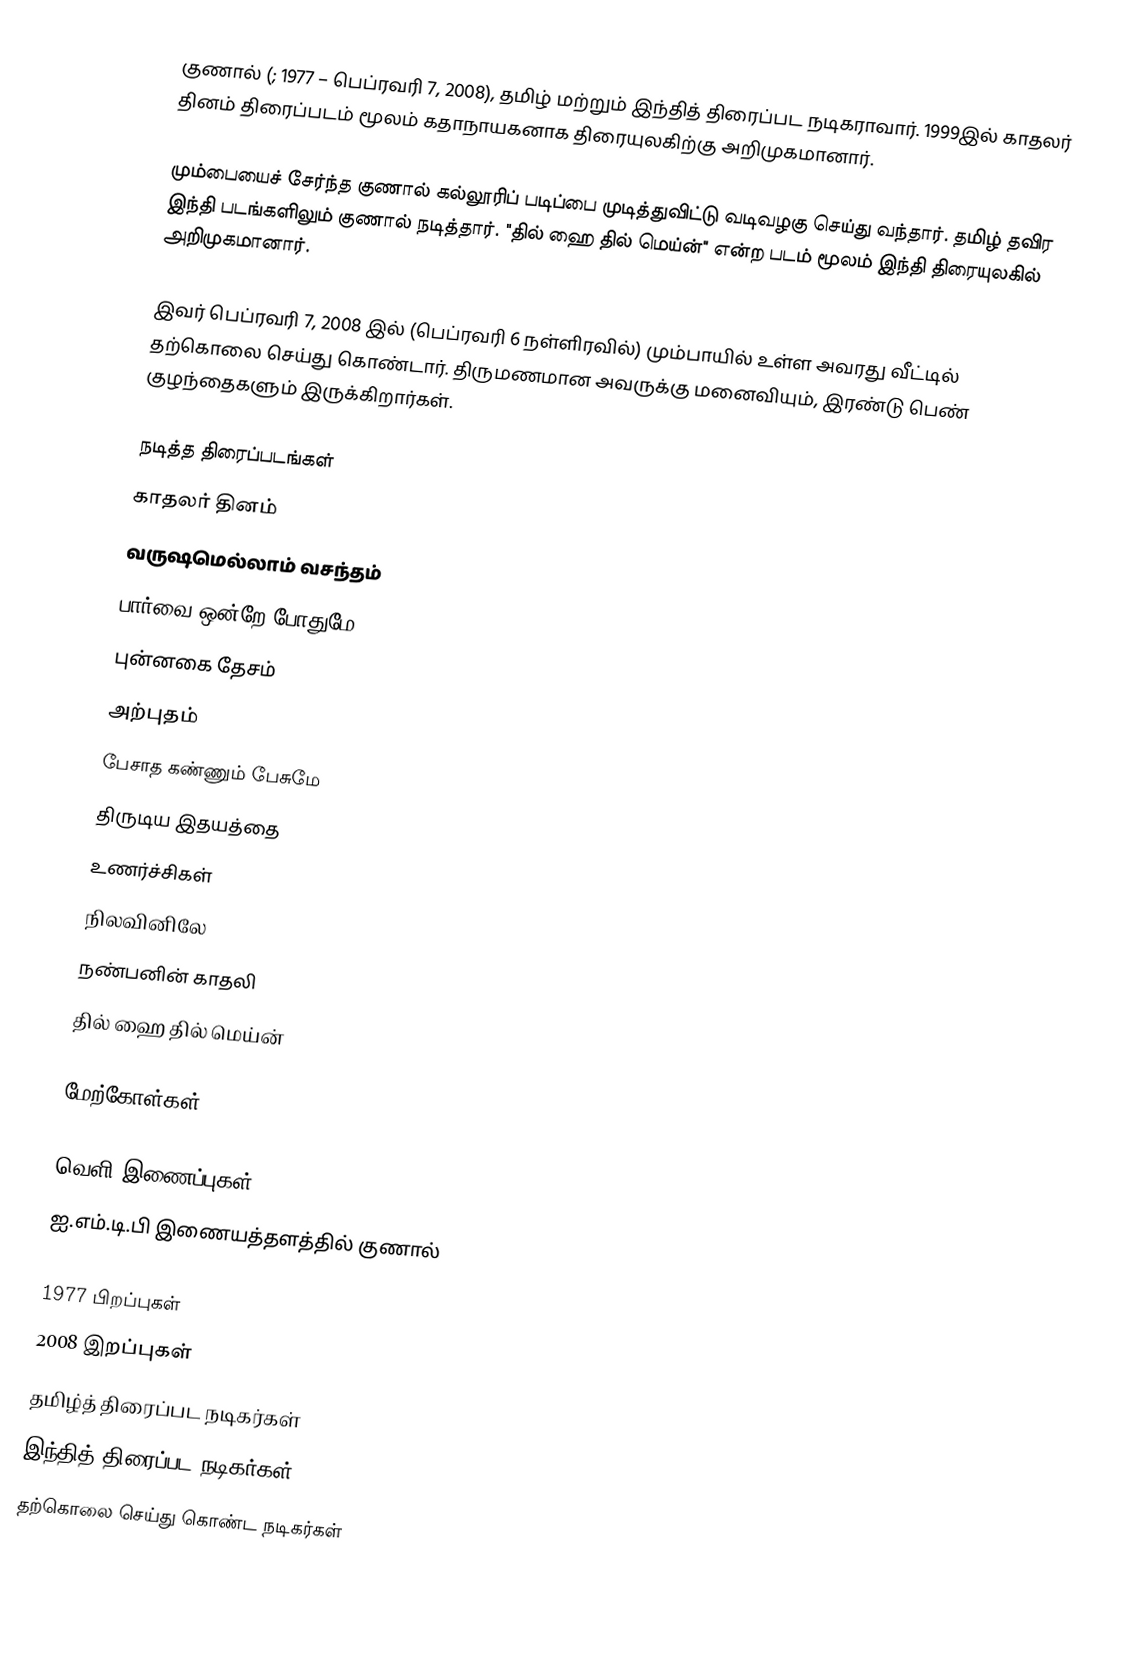
குணால் (; 1977 – பெப்ரவரி 7, 2008), தமிழ் மற்றும்  இந்தித் திரைப்பட நடிகராவார். 1999இல் காதலர் தினம் திரைப்படம் மூலம் கதாநாயகனாக திரையுலகிற்கு அறிமுகமானார்.

மும்பையைச் சேர்ந்த குணால் கல்லூரிப் படிப்பை முடித்துவிட்டு வடிவழகு செய்து வந்தார். தமிழ் தவிர இந்தி படங்களிலும் குணால் நடித்தார். "தில் ஹை தில் மெய்ன்" என்ற  படம் மூலம் இந்தி திரையுலகில் அறிமுகமானார்.

இவர் பெப்ரவரி 7, 2008 இல் (பெப்ரவரி 6 நள்ளிரவில்) மும்பாயில் உள்ள அவரது வீட்டில் தற்கொலை செய்து கொண்டார். திருமணமான அவருக்கு மனைவியும், இரண்டு பெண் குழந்தைகளும் இருக்கிறார்கள்.

நடித்த திரைப்படங்கள்
 காதலர் தினம்
 வருஷமெல்லாம் வசந்தம்
பார்வை ஒன்றே போதுமே
 புன்னகை தேசம்
 அற்புதம்
 பேசாத கண்ணும் பேசுமே
 திருடிய இதயத்தை
 உணர்ச்சிகள்
 நிலவினிலே
 நண்பனின் காதலி
 தில் ஹை தில் மெய்ன்

மேற்கோள்கள்

வெளி இணைப்புகள்
 ஐ.எம்.டி.பி இணையத்தளத்தில் குணால்

1977 பிறப்புகள்
2008 இறப்புகள்
தமிழ்த் திரைப்பட நடிகர்கள்
இந்தித் திரைப்பட நடிகர்கள்
தற்கொலை செய்து கொண்ட நடிகர்கள்